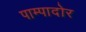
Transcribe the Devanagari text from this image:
पाम्पादोर